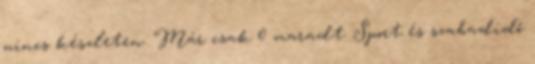
nincs készleten. Már csak 0 maradt. Sport és szabadidő